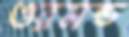
ওরমন্ড